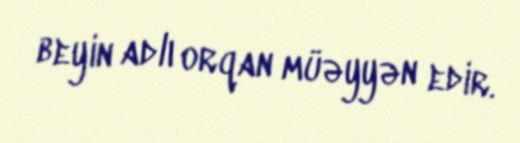
beyin adlı orqan müəyyən edir.